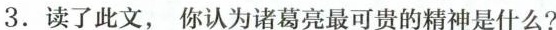
3.读了此文，你认为诸葛亮最可贵的精神是什么?